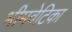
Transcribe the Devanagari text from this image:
भीमवेटिका